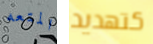
المتعه كتهديد